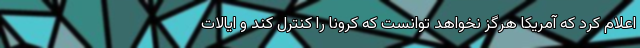
اعلام کرد که آمریکا هرگز نخواهد توانست که کرونا را کنترل کند و ایالات